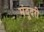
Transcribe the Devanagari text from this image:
मंदूदरी